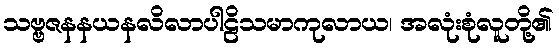
သဗ္ဗဇနနယနလိလာပါဠိသမာကုလာယ၊ အလုံးစုံလူတို့၏